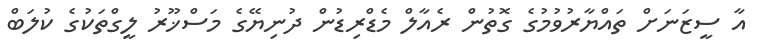
އާ ސީޒަނަށް ތައްޔާރުވުމުގެ ގޮތުން ރެއާލް މެޑްރިޑުން ދުނިޔޭގެ މަސްޚޫރު ލީގްތަކުގެ ކުލަބް